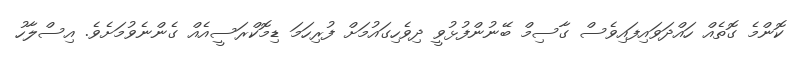
ކޮންމެ ގޮތެއް ހައްދަވައިފައިވެސް ގާސިމް ބޭނުންފުޅުވީ ދިވެހިގައުމަށް ފުރިހަމަ ޑިމޮކްރަސީއެއް ގެންނެވުމަށެވެ. އިސްލާހު